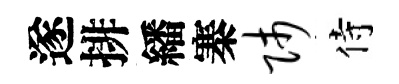
遂排繙寨师侍